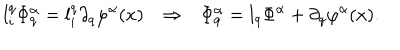
l _ { i } ^ { q } \Phi _ { q } ^ { \alpha } = l _ { i } ^ { q } \partial _ { q } \varphi ^ { \alpha } ( x ) \Rightarrow \Phi _ { q } ^ { \alpha } = l _ { q } \Phi ^ { \alpha } + \partial _ { q } \varphi ^ { \alpha } ( x ) .